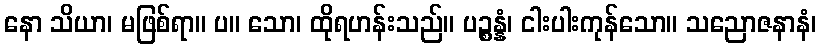
နော သိယာ၊ မဖြစ်ရာ။ ပ။ သော၊ ထိုရဟန်းသည်။ ပဉ္စန္နံ၊ ငါးပါးကုန်သော။ သညောဇနာနံ၊